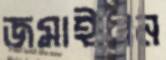
জমাইবেন